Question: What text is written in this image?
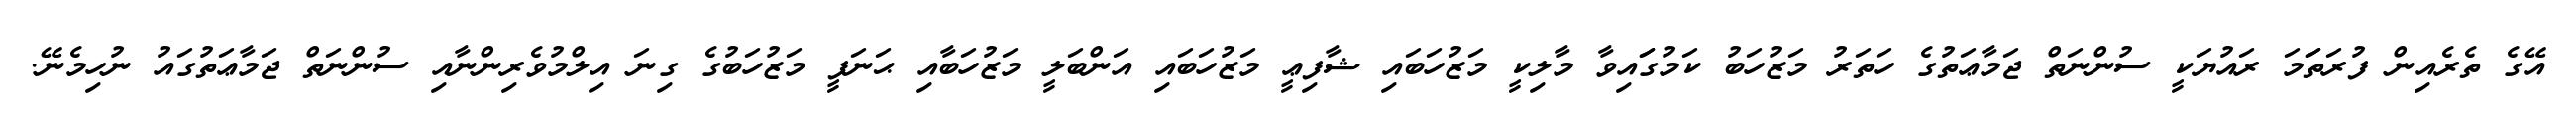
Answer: އޭގެ ތެރެއިން ފުރަތަަމަ ރައުޔަކީ ސުންނަތް ޖަމާޢަތުގެ ހަތަރު މަޒުހަބު ކަމުގަައިވާ މާލިކީ މަޒުހަބައި ޝާފިޢީ މަޒުހަބައި އަންބަލީ މަޒުހަބާއި ޙަނަފީ މަޒުހަބުގެ ގިނަ އިލްމުވެރިންނާއި ސުންނަތް ޖަމާޢަތުގައު ނުހިމެނޭ.